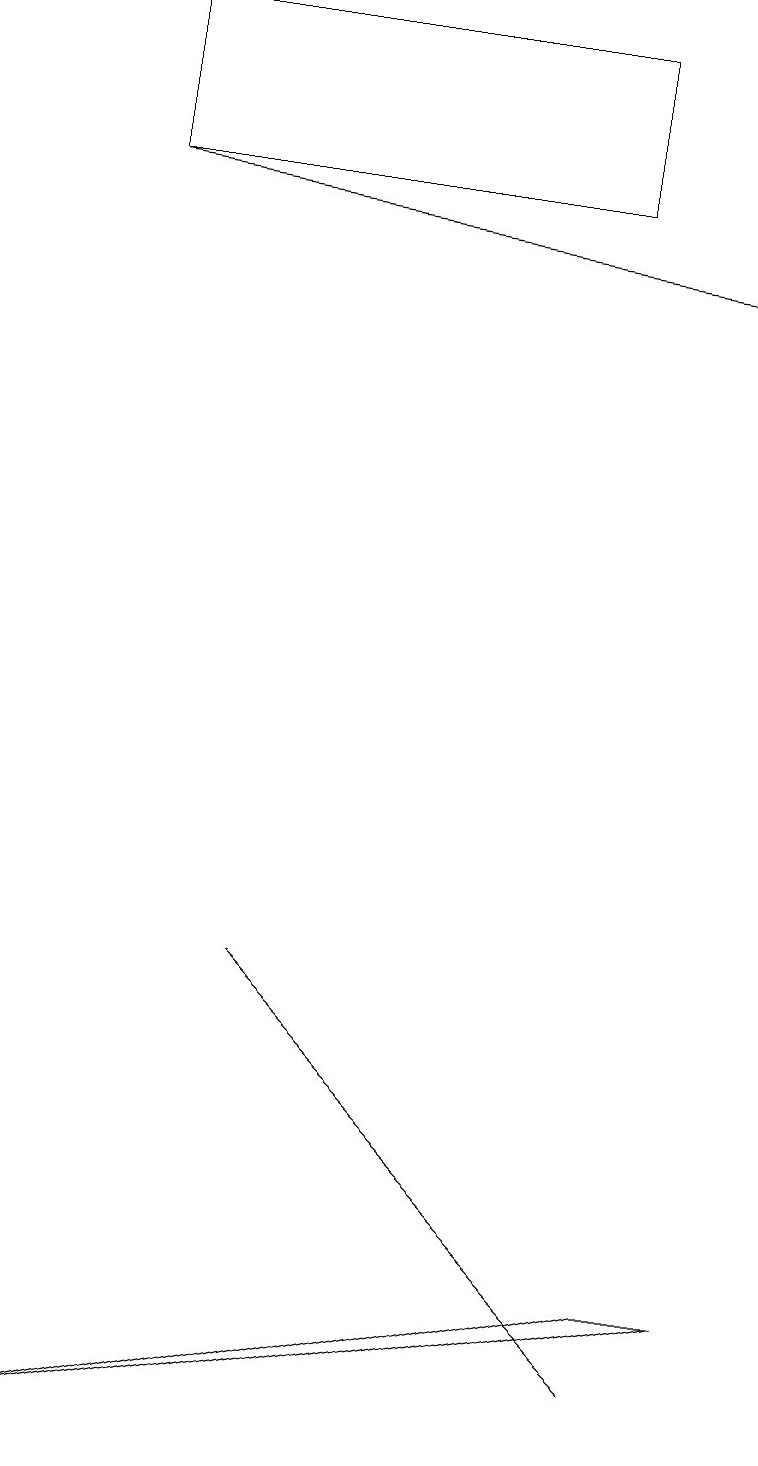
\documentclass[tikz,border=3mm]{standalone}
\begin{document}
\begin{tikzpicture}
\draw[->] (1,17) -- (9,16);
\draw (7,19) rectangle (1,17);
\draw (3,7) -- (8,2) -- (7,3) -- cycle;
\draw (9,3) -- (8,3) -- (0,1) -- cycle;
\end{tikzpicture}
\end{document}